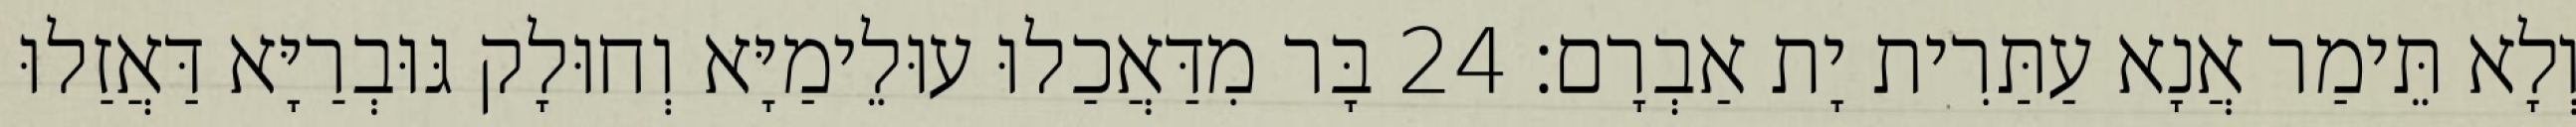
וְלָא תֵּימַר אֲנָא עַתַּרִית יָת אַבְרָם׃ 24 בָּר מִדַּאֲכַלוּ עוּלֵימַיָּא וְחוּלָק גּוּבְרַיָּא דַּאֲזַלוּ